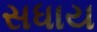
સધાય